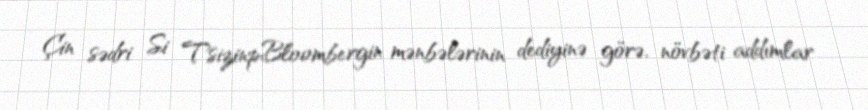
Çin sədri Si TsizinpBloombergin mənbələrinin dediyinə görə, növbəti addımlar